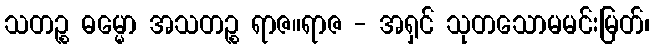
သတဉ္စ ဓမ္မော အသတဉ္စ ရာဇ။ရာဇ - အရှင် သုတသောမမင်းမြတ်၊